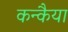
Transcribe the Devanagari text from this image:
कन्कैया